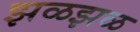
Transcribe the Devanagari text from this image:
झळझळ